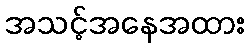
အသင့်အနေအထား